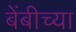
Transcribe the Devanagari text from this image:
बेंबीच्या